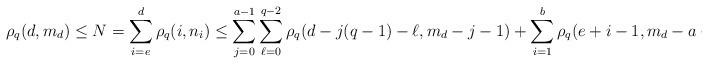
LaTeX: \begin{align*}\rho_q(d,m_d) \le N = \sum_{i=e}^d \rho_q(i,n_i) \le \sum_{j=0}^{a-1} \sum_{\ell=0}^{q-2} \rho_q(d-j(q-1)-\ell,m_d-j-1) + \sum_{i=1}^b\rho_q(e+i-1,m_d-a-1).\end{align*}